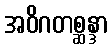
အဝိဂတစ္ဆန္ဒာ